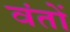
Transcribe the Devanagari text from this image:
वंतों